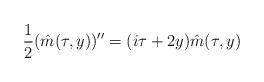
LaTeX: \begin{align*}\frac{1}{2} (\hat{m}(\tau,y))''=(i\tau+2y) \hat{m}(\tau,y)\end{align*}